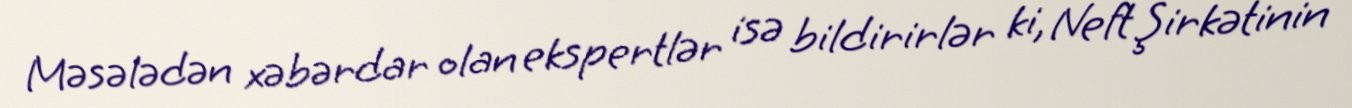
Məsələdən xəbərdar olan ekspertlər isə bildirirlər ki, Neft Şirkətinin